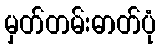
မှတ်တမ်းဓာတ်ပုံ